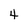
Character: 4